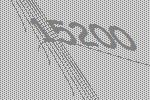
15200